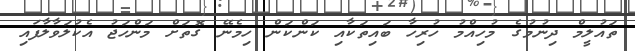
ތައުލީމް ދިނުމުގެ މުހިއްމު ހުރިހާ ބައިތަކާއި ކަންކަން ހިމެނޭ ގޮތަށް މަންހަޖު އެކުލަވާލާފައި